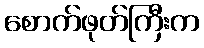
စောက်ဖုတ်ကြီးက